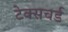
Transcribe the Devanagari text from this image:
टेक्सचर्ड